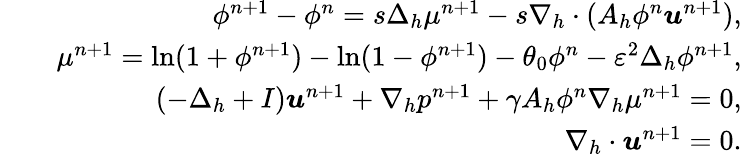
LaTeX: \begin{array}{rlr}&{}&{\phi^{n+1}-\phi^{n}=s\Delta_{h}\mu^{n+1}-s\nabla_{h}\cdot(A_{h}\phi^{n}\boldsymbol{u}^{n+1}),}\\ &{}&{\mu^{n+1}=\ln(1+\phi^{n+1})-\ln(1-\phi^{n+1})-\theta_{0}\phi^{n}-\varepsilon^{2}\Delta_{h}\phi^{n+1},}\\ &{}&{(-\Delta_{h}+I)\boldsymbol{u}^{n+1}+\nabla_{h}p^{n+1}+\gamma A_{h}\phi^{n}\nabla_{h}\mu^{n+1}=0,}\\ &{}&{\nabla_{h}\cdot\boldsymbol{u}^{n+1}=0.}\end{array}